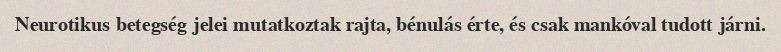
Neurotikus betegség jelei mutatkoztak rajta, bénulás érte, és csak mankóval tudott járni.